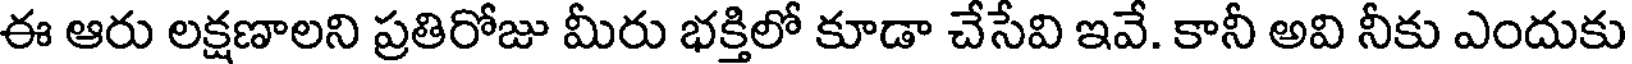
ఈ ఆరు లక్షణాలని ప్రతిరోజు మీరు భక్తిలో కూడా చేసేవి ఇవే. కానీ అవి నీకు ఎందుకు